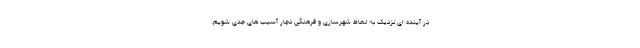
در آینده ای نزدیک به لحاظ شهرسازی و فرهنگی دچار آسیب های جدی شویم.